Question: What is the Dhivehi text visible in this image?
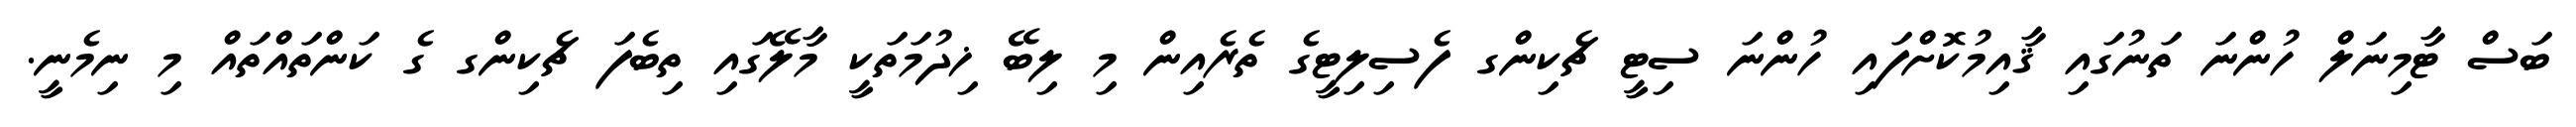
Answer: ބަސް ޓާމިނަލް ހުންނަ ތަނުގައި ޤާއިމުކޮށްފައި ހުންނަ ސިޓީ ޗެކިންގ ފެސިލިޓީގެ ތެރެއިން މި ލިބޭ ޚިދުމަތަކީ މާލޭގައި ތިބެފަ ޗެކިންގ ގެ ކަންތައްތައް މި ނިމެނީ.